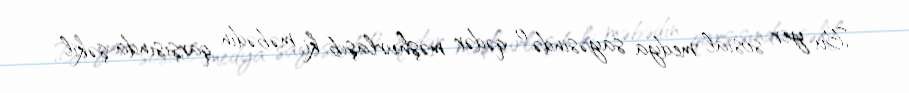
Bu yer sosial medya sayəsində o qədər məşhurlaşıb ki, məbədin qarşısında şəkil